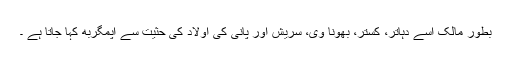
بطور مالک اسے دہاتر، کستر، بھونا وی، سریش اور پانی کی اولاد کی حثیت سے اپمگربھ کہا جاتا ہے ۔